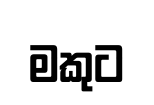
මකුට